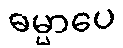
ဓမ္မာပေ